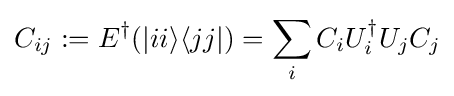
C_{ij}:=E^{\dagger }(\vert ii\rangle \langle jj\vert )=\sum _{i}C_{i}U_{i}^{\dagger }U_{j}C_{j}